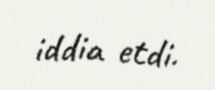
iddia etdi.